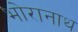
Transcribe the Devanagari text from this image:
भोरानाथ